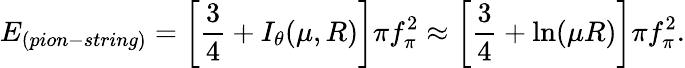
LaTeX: E_{(pion-string)}=\left[\frac{3}{4}+I_{\theta}(\mu,R)\right]\pi f_{\pi}^{2}\approx\left[\frac{3}{4}+\ln(\mu R)\right]\pi f_{\pi}^{2}.